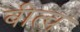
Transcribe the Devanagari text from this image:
बीत्च